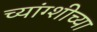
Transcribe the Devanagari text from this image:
च्यांग्शीच्या